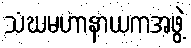
သံဃမဟာနာယကအဖွဲ့